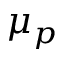
\mu _ { p }